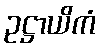
ဥဋ္ဌာယိကံ